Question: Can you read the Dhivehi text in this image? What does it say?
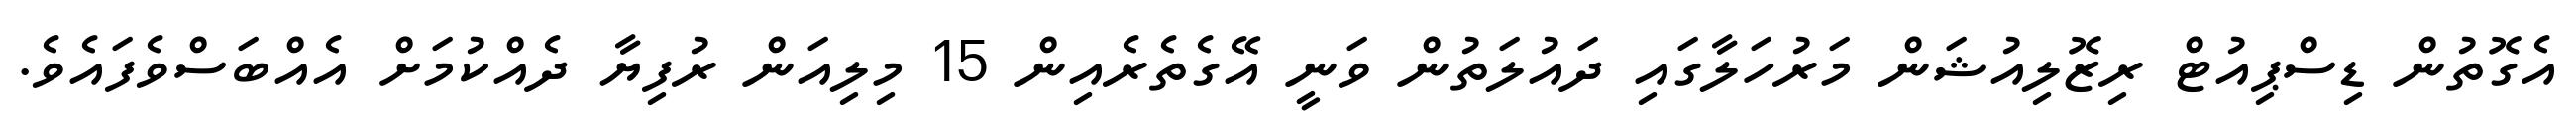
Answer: އެގޮތުން ޑިސްޕިއުޓް ރިޒޮލިއުޝަން މަރުހަލާގައި ދައުލަތުން ވަނީ އޭގެތެރެއިން 15 މިލިއަން ރުފިޔާ ދެއްކުމަށް އެއްބަސްވެފައެވެ.